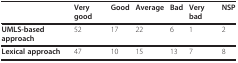
|  | Very good | Good | Average | Bad | Very bad | NSP |
 | --- | --- | --- | --- | --- | --- | --- |
 | UMLS-based approach | 52 | 17 | 22 | 6 | 1 | 2 |
 | Lexical approach | 47 | 10 | 15 | 13 | 7 | 8 |